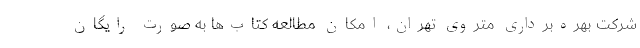
شرکت بهره‌برداری متروی تهران، امکان مطالعه کتاب‌ها به صورت رایگان